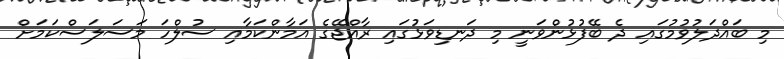
މި ބައްދަލުވުމުގައި ދެ ބޭފުޅުންވަނީ މި ދަނޑިވަޅުގައި ރާއްޖޭގެ އަމާންކަމާއި ސުލްހަ މަސަލަސްކަމަށް